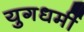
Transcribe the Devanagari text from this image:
युगधर्मी